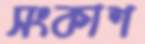
সংকাশ